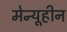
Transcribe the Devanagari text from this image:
मेन्यूहीन